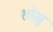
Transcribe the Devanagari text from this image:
शोमु